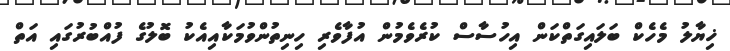
ޚިޔާލު މެހެކް ބަލައިގަތްކަން އިހުސާސް ކުރެވެމުން އުފާވެރި ހިނިތުންވުމަކާއިއެކު ބޮލުގެ ފުއްބުރުގައި އަތް